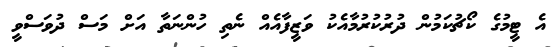
އެ ޓީމުގެ ކޯޗުކަމުން ދުރުކުރުމާއެކު ވަޒީފާއެއް ނެތި ހުންނަތާ އަށް މަސް ދުވަސްވީ